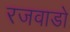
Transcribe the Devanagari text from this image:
रजवाडो